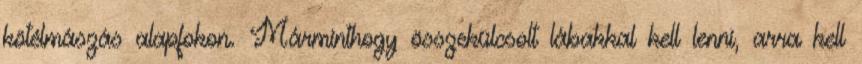
kötélmászás alapfokon. Márminthogy összekülcsolt lábakkal kell lenni, arra kell